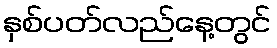
နှစ်ပတ်လည်နေ့တွင်